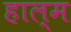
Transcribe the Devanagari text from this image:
हाल्म